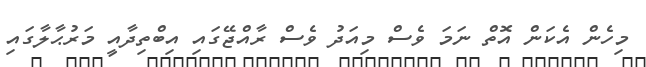
މިހެން އެކަން އޮތް ނަމަ ވެސް މިއަދު ވެސް ރާއްޖޭގައި އިބްތިދާއީ މަރުޙާލާގައި